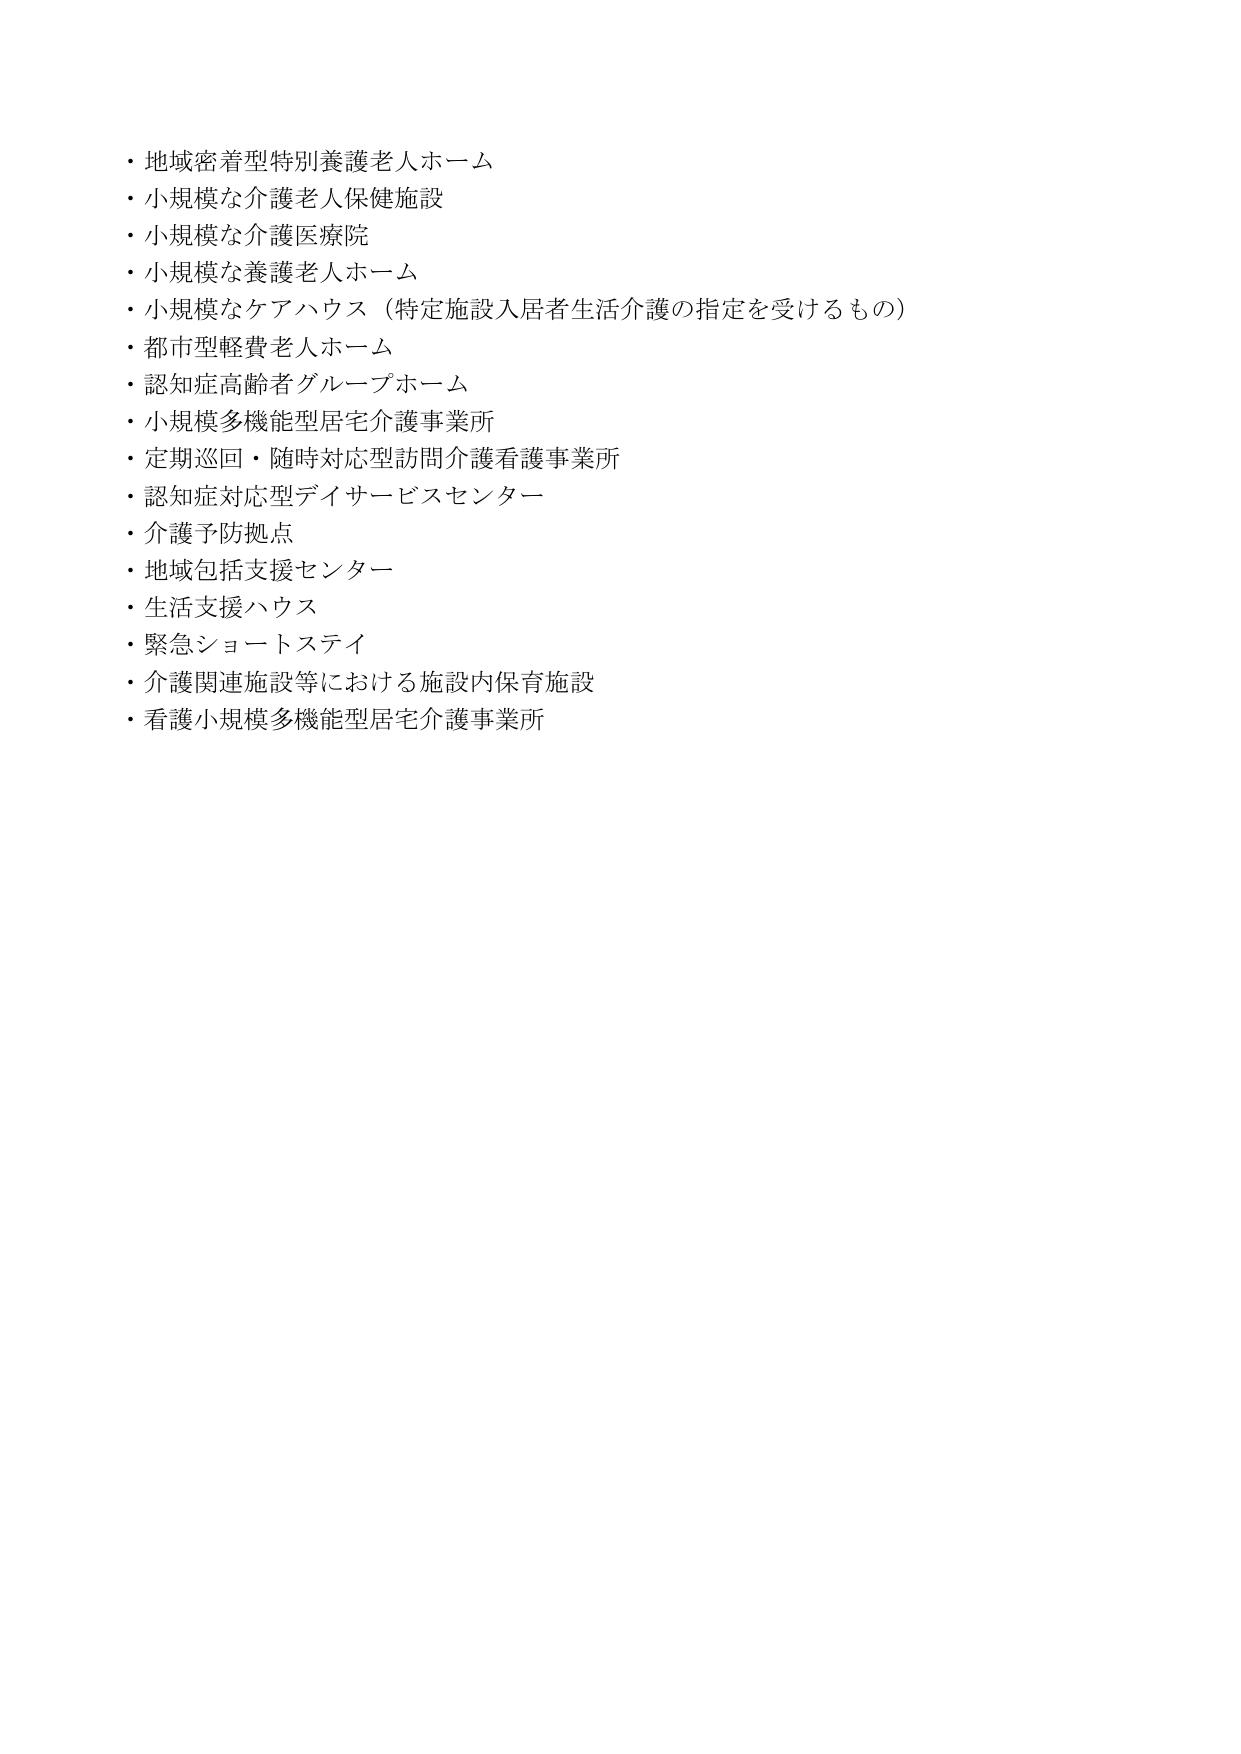
・地域密着型特別養護老人ホーム
・小規模な介護老人保健施設
・小規模な介護医療院
・小規模な養護老人ホーム
・小規模なケアハウス（特定施設入居者生活介護の指定を受けるもの）
・都市型軽費老人ホーム
・認知症高齢者グループホーム
・小規模多機能型居宅介護事業所
・定期巡回・随時対応型訪問介護看護事業所
・認知症対応型デイサービスセンター
・介護予防拠点
・地域包括支援センター
・生活支援ハウス
・緊急ショートステイ
・介護関連施設等における施設内保育施設
・看護小規模多機能型居宅介護事業所